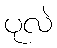
ပုလဲ